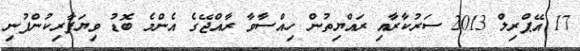
17 އޭޕްރިލް 2013 ސަރުކާރާއި ރައްޔިތުން ހިއްސާވާ ރާއްޖޭގެ އެންމެ ބޮޑު ވިޔަފާރިކުންފުނި